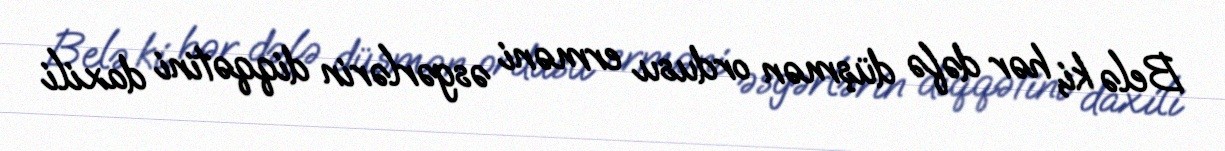
Belə ki, hər dəfə düşmən ordusu erməni əsgərlərin diqqətini daxili